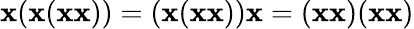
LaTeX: \mathbf{x}(\mathbf{x}(\mathbf{x}\mathbf{x}))=(\mathbf{x}(\mathbf{x}\mathbf{x}))\mathbf{x}=(\mathbf{x}\mathbf{x})(\mathbf{x}\mathbf{x})